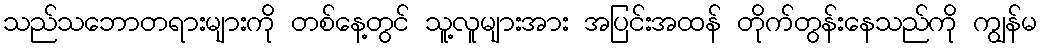
သည်သဘောတရားများကို တစ်နေ့တွင် သူ့လူများအား အပြင်းအထန် တိုက်တွန်းနေသည်ကို ကျွန်မ